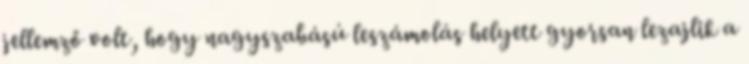
jellemző volt, hogy nagyszabású leszámolás helyett gyorsan lezajlik a